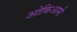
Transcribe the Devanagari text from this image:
ओकिआमी